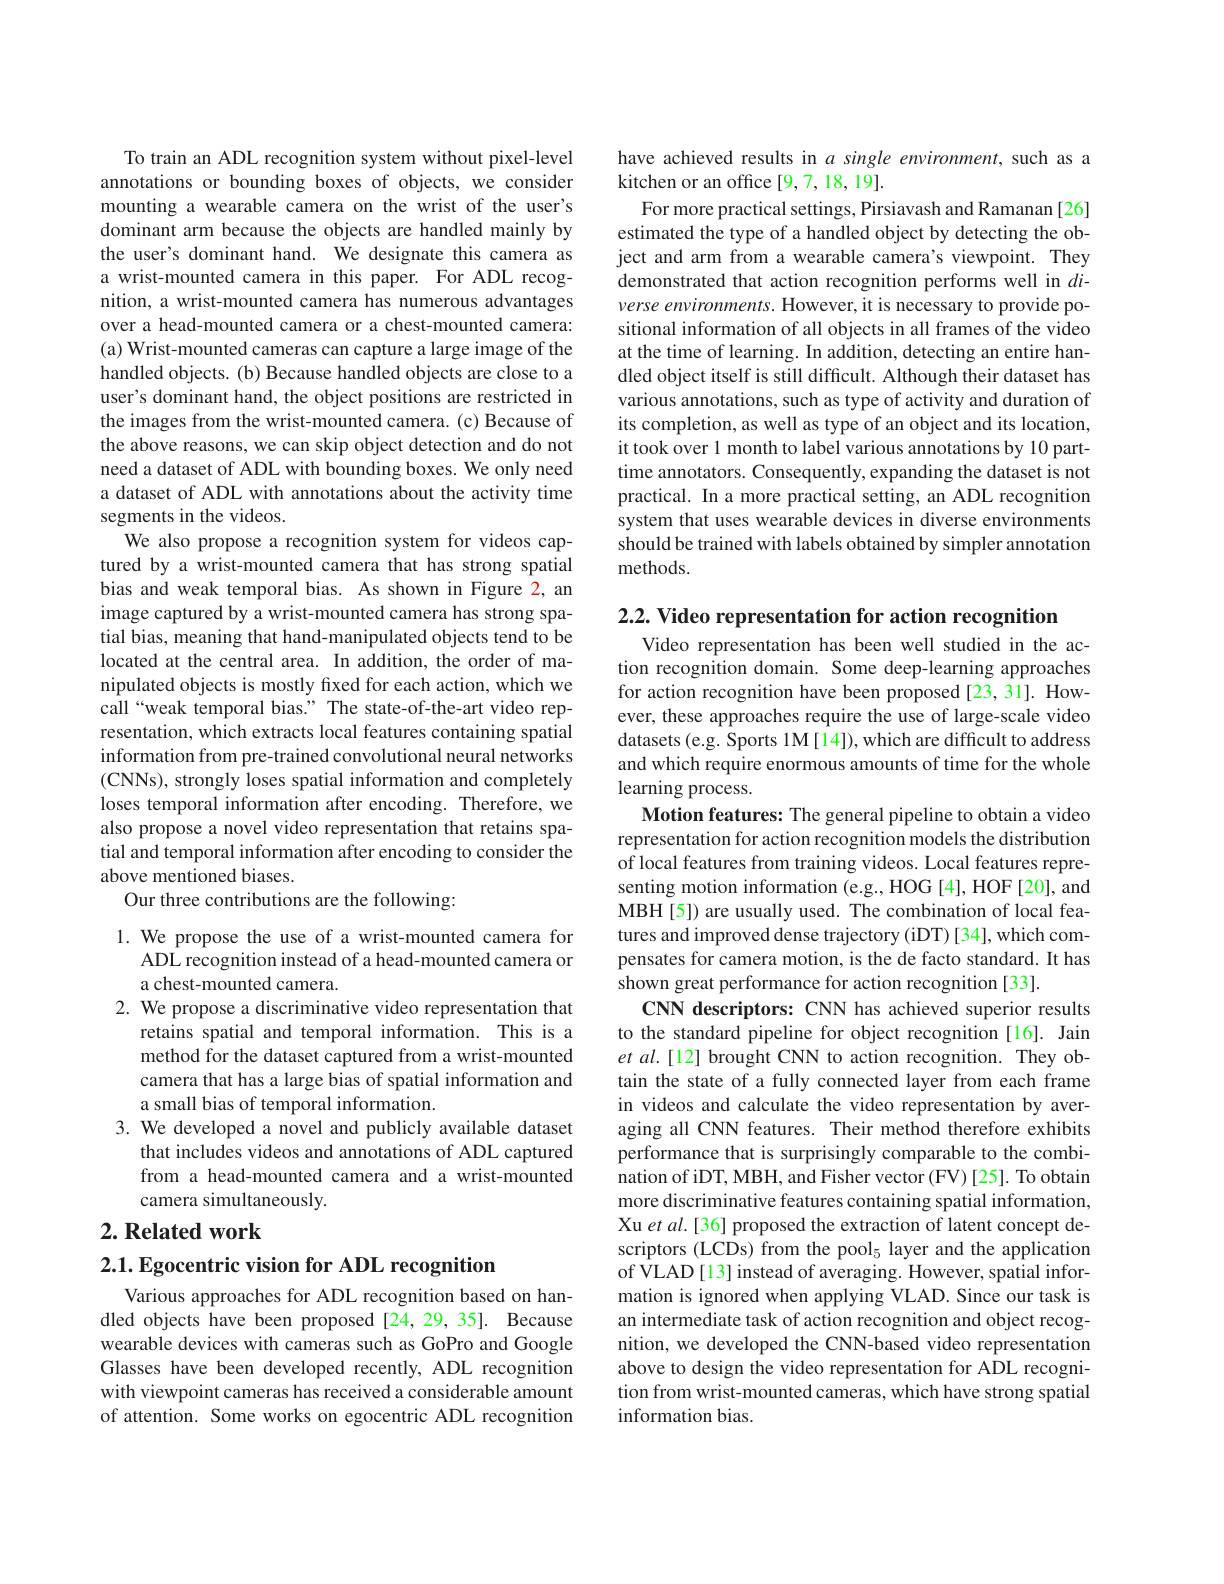
To train an ADL recognition system without pixel-level annotations or bounding boxes of objects, we consider mounting a wearable camera on the wrist of the user's dominant arm because the objects are handled mainly by the user's dominant hand. We designate this camera as a wrist-mounted camera in this paper. For ADL recognition, a wrist-mounted camera has numerous advantages over a head-mounted camera or a chest-mounted camera: (a) Wrist-mounted cameras can capture a large image of the handled objects. (b) Because handled objects are close to a user's dominant hand, the object positions are restricted in the images from the wrist-mounted camera. (c) Because of the above reasons, we can skip object detection and do not need a dataset of ADL with bounding boxes. We only need a dataset of ADL with annotations about the activity time segments in the videos.
We also propose a recognition system for videos captured by a wrist-mounted camera that has strong spatial bias and weak temporal bias. As shown in Figure 2, an image captured by a wrist-mounted camera has strong spatial bias, meaning that hand-manipulated objects tend to be located at the central area. In addition, the order of manipulated objects is mostly fixed for each action, which we call“weak temporal bias.” The state-of-the-art video representation, which extracts local features containing spatial information from pre-trained convolutional neural networks (CNNs), strongly loses spatial information and completely loses temporal information after encoding. Therefore, we also propose a novel video representation that retains spatial and temporal information after encoding to consider the above mentioned biases.
Our three contributions are the following:

1. We propose the use of a wrist-mounted camera for
ADL recognition instead of a head-mounted camera or
a chest-mounted camera.
2. We propose a discriminative video representation that
retains spatial and temporal information. This is a method for the dataset captured from a wrist-mounted camera that has a large bias of spatial information and a small bias of temporal information.
3. We developed a novel and publicly available dataset
that includes videos and annotations of ADL captured from a head-mounted camera and a wrist-mounted camera simultaneously.

## $2. \textbf{Related work}$

2.1. Egocentric vision for ADL recognition

Various approaches for ADL recognition based on handled objects have been proposed [24,29,35]. Because wearable devices with cameras such as GoPro and Google Glasses have been developed recently, ADL recognition with viewpoint cameras has received a considerable amount of attention. Some works on egocentric ADL recognition

have achieved results in $a$ single environment, such as a
kitchen or an office [9,7,18,19].
For more practical settings, Pirsiavash and Ramanan [26] estimated the type of a handled object by detecting the object and arm from a wearable camera's viewpoint. They demonstrated that action recognition performs well in $di$- verse environments. However, it is necessary to provide positional information of all objects in all frames of the video at the time of learning. In addition, detecting an entire handled object itself is still difficult. Although their dataset has various annotations, such as type of activity and duration of its completion, as well as type of an object and its location, it took over 1 month to label various annotations by 10 parttime annotators. Consequently, expanding the dataset is not practical. In a more practical setting, an ADL recognition system that uses wearable devices in diverse environments should be trained with labels obtained by simpler annotation methods.

$2. 2. \textbf{ Video representation for action recognition}$
Video representation has been well studied in the action recognition domain. Some deep-learning approaches for action recognition have been proposed[23,31]. However, these approaches require the use of large-scale video datasets (e.g. Sports 1M[14]), which are difficult to address and which require enormous amounts of time for the whole learning process.
Motion features: The general pipeline to obtain a video representation for action recognition models the distribution of local features from training videos. Local features representing motion information (e.g., HOG [4], HOF [20], and MBH[5]) are usually used. The combination of local features and improved dense trajectory (iDT)[34], which compensates for camera motion, is the de facto standard. It has shown great performance for action recognition [33].
CNN descriptors: CNN has achieved superior results to the standard pipeline for object recognition [16]. Jain et al.[12] brought CNN to action recognition. They obtain the state of a fully connected layer from each frame in videos and calculate the video representation by averaging all CNN features. Their method therefore exhibits performance that is surprisingly comparable to the combination of iDT, MBH, and Fisher vector (FV) [25]. To obtain more discriminative features containing spatial information, Xu et al.[36] proposed the extraction of latent concept descriptors (LCDs) from the pool$_{5}$ layer and the application of VLAD [13] instead of averaging. However, spatial information is ignored when applying VLAD. Since our task is an intermediate task of action recognition and object recognition, we developed the CNN-based video representation above to design the video representation for ADL recognition from wrist-mounted cameras, which have strong spatial information bias.